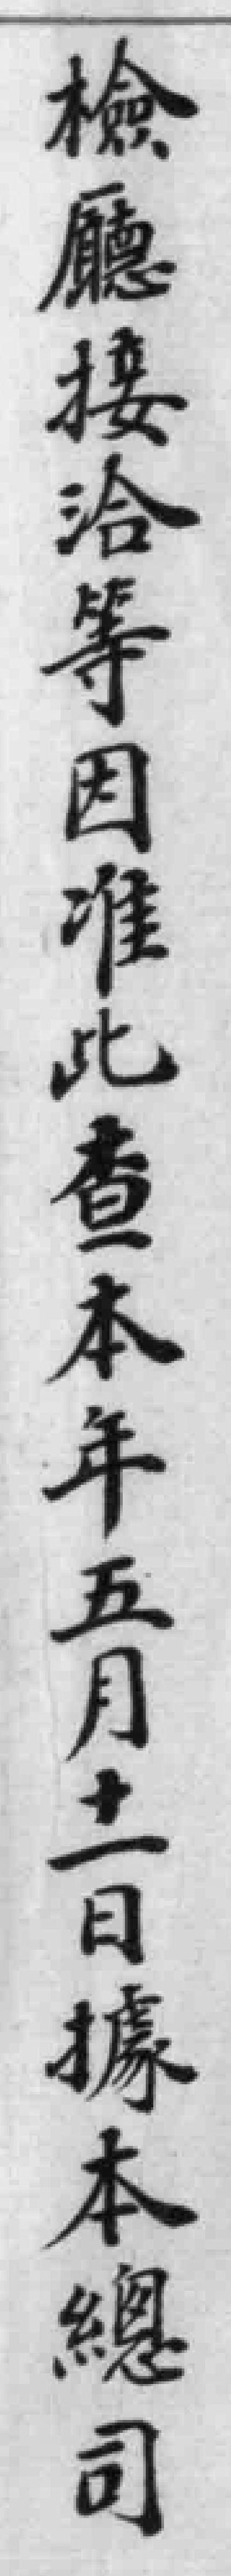
檢廳接洽等因准此查本年五月十二日據本總司